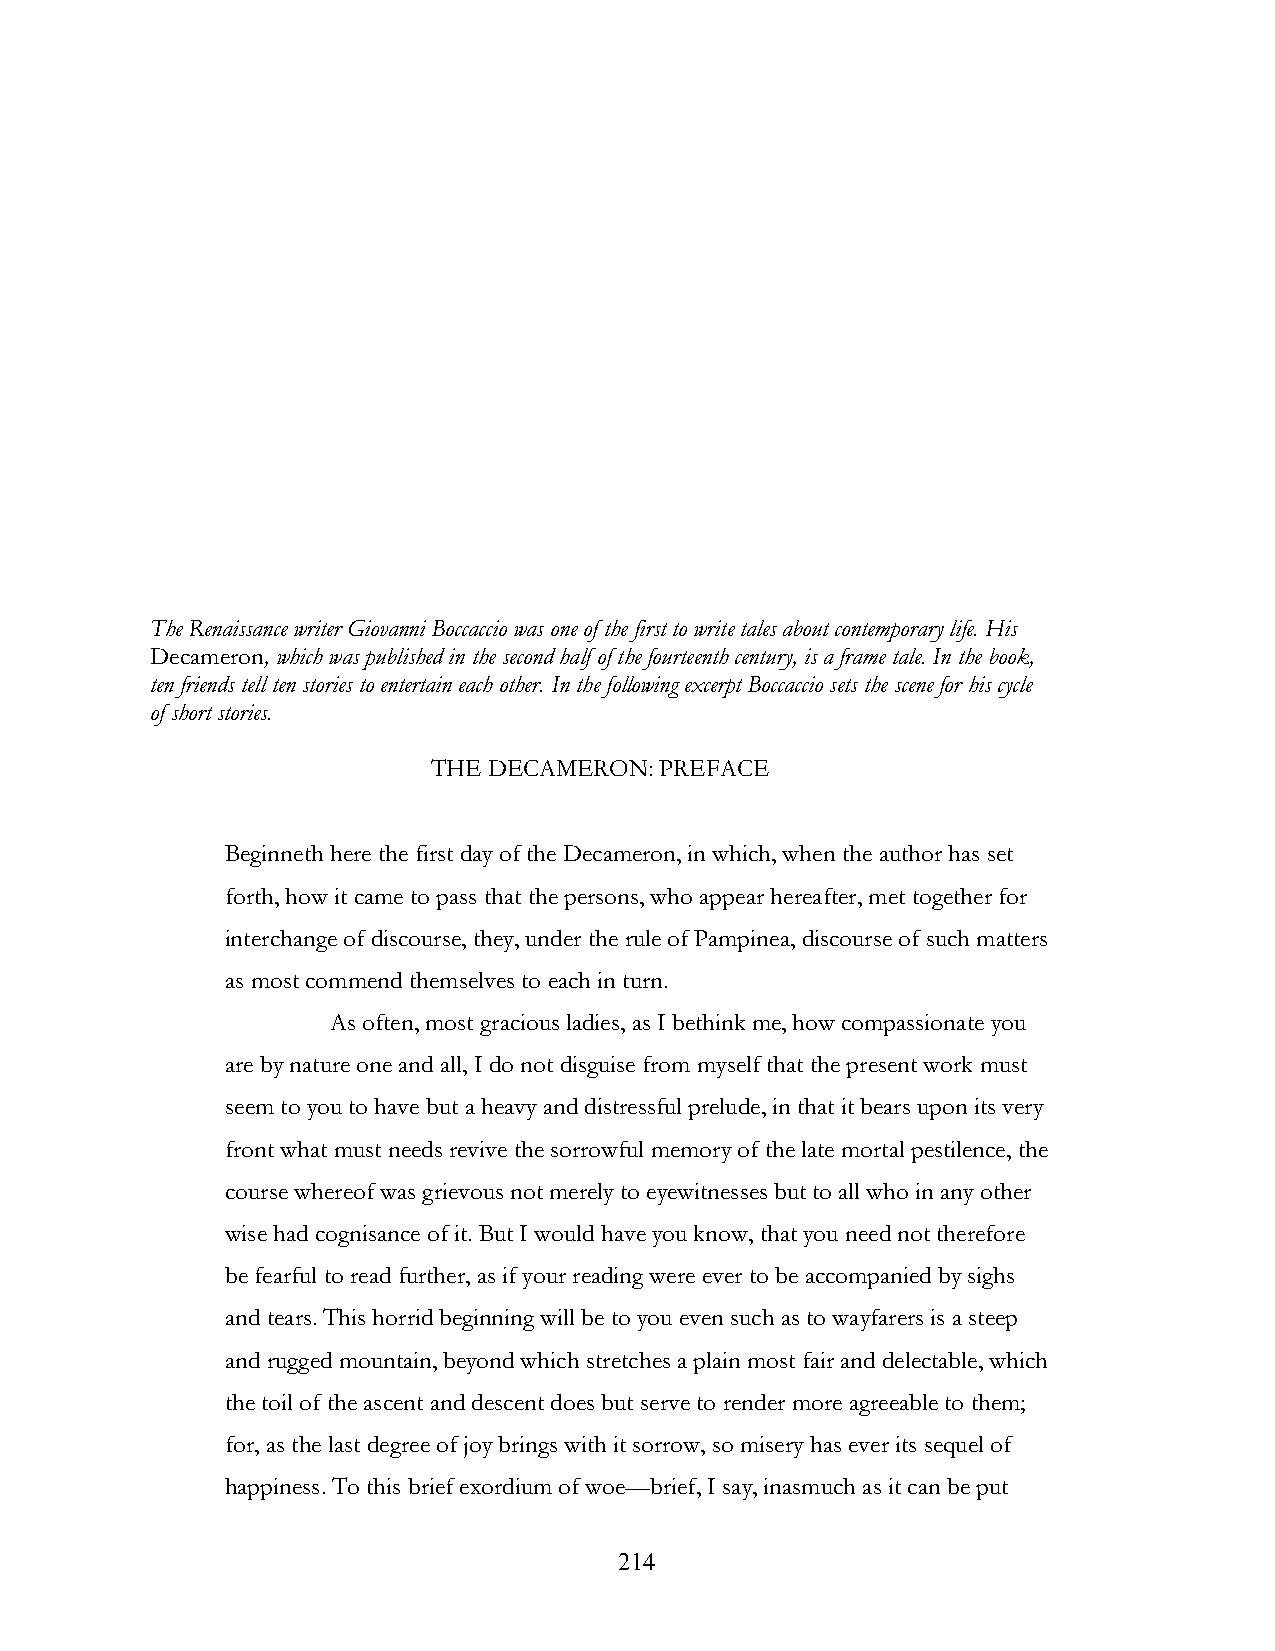
The Renaissance writer Giovanni Boccaccio was one of the first to write tales about contemporary life. His
 Decameron, which was published in the second half of the fourteenth century, is a frame tale. In the book,
 ten friends tell ten stories to entertain each other. In the following excerpt Boccaccio sets the scene for his cycle
 of short stories.
 THE DECAMERON: PREFACE
 Beginneth here the first day of the Decameron, in which, when the author has set
 forth, how it came to pass that the persons, who appear hereafter, met together for
 interchange of discourse, they, under the rule of Pampinea, discourse of such matters
 as most commend themselves to each in turn.
 As often, most gracious ladies, as I bethink me, how compassionate you
 are by nature one and all, I do not disguise from myself that the present work must
 seem to you to have but a heavy and distressful prelude, in that it bears upon its very
 front what must needs revive the sorrowful memory of the late mortal pestilence, the
 course whereof was grievous not merely to eyewitnesses but to all who in any other
 wise had cognisance of it. But I would have you know, that you need not therefore
 be fearful to read further, as if your reading were ever to be accompanied by sighs
 and tears. This horrid beginning will be to you even such as to wayfarers is a steep
 and rugged mountain, beyond which stretches a plain most fair and delectable, which
 the toil of the ascent and descent does but serve to render more agreeable to them;
 for, as the last degree of joy brings with it sorrow, so misery has ever its sequel of
 happiness. To this brief exordium of woe—brief, I say, inasmuch as it can be put
 !                         214